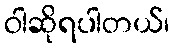
ဝါဆိုရပါတယ်၊